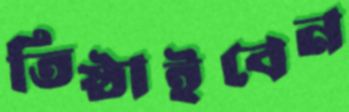
তিষ্ঠাইবেন